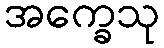
အက္ခေသု